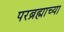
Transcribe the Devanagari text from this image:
परब्रह्माच्या